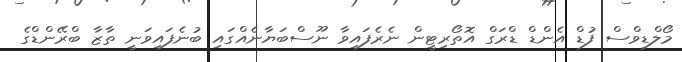
މޯލްޑިވްސް ފުޑް އެންޑް ޑްރަގް އޮތޯރިޓީން ނެރެފައިވާ ނޫސްބަޔާނެއްގައި ބުނެފައިވަނީ ތާޒާ ބްރޭންޑްގެ